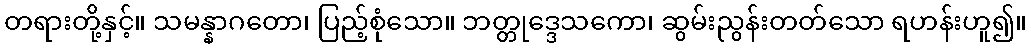
တရားတို့နှင့်။ သမန္နာဂတော၊ ပြည့်စုံသော။ ဘတ္တုဒ္ဒေသကော၊ ဆွမ်းညွန်းတတ်သော ရဟန်းဟူ၍။